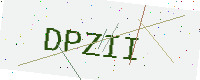
Text: DPZII